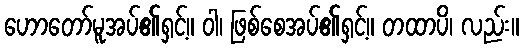
ဟောတော်မူအပ်၏ရှင့်။ ဝါ၊ ဖြစ်စေအပ်၏ရှင့်။ တထာပိ၊ လည်း။